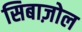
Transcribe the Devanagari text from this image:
सिबाज़ोल